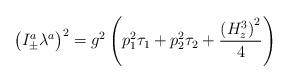
LaTeX: \begin{align*}\left( I_{\pm }^a\lambda ^a\right) ^2=g^2\left( p_1^2\tau_1+p_2^2\tau _2+\frac{\left( H_z^3\right) ^2}4\right)\end{align*}